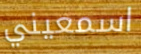
اسمعيني